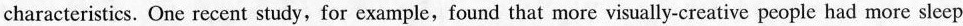
characteristics. One recent study, for example, found that more visually-creative people had more sleep